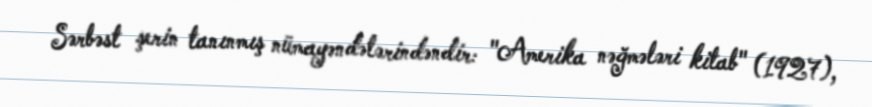
Sərbəst şerin tanınmış nümayəndələrindəndir: "Amerika nəğmələri kitab" (1927),